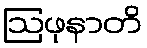
ဩဖုနာတိ